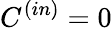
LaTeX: C^{(in)}=0